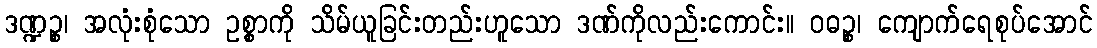
ဒဏ္ဍဉ္စ၊ အလုံးစုံသော ဥစ္စာကို သိမ်ယူခြင်းတည်းဟူသော ဒဏ်ကိုလည်းကောင်း။ ဝဓဉ္စ၊ ကျောက်ရေစုပ်အောင်